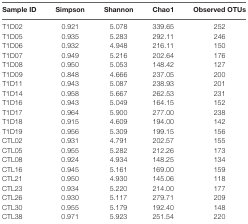
<table><thead><tr><td><b>Sample ID</b></td><td><b>Simpson</b></td><td><b>Shannon</b></td><td><b>Chao1</b></td><td><b>Observed OTUs</b></td></tr></thead><tbody><tr><td>T1D02</td><td>0.921</td><td>5.078</td><td>339.65</td><td>252</td></tr><tr><td>T1D05</td><td>0.935</td><td>5.283</td><td>292.11</td><td>246</td></tr><tr><td>T1D06</td><td>0.932</td><td>4.948</td><td>216.11</td><td>150</td></tr><tr><td>T1D07</td><td>0.949</td><td>5.216</td><td>202.64</td><td>176</td></tr><tr><td>T1D08</td><td>0.950</td><td>5.053</td><td>148.42</td><td>127</td></tr><tr><td>T1D09</td><td>0.848</td><td>4.666</td><td>237.05</td><td>200</td></tr><tr><td>T1D11</td><td>0.943</td><td>5.087</td><td>238.93</td><td>201</td></tr><tr><td>T1D14</td><td>0.958</td><td>5.667</td><td>262.53</td><td>231</td></tr><tr><td>T1D16</td><td>0.943</td><td>5.049</td><td>164.15</td><td>152</td></tr><tr><td>T1D17</td><td>0.964</td><td>5.900</td><td>277.00</td><td>238</td></tr><tr><td>T1D18</td><td>0.915</td><td>4.609</td><td>194.00</td><td>142</td></tr><tr><td>T1D19</td><td>0.956</td><td>5.309</td><td>199.15</td><td>156</td></tr><tr><td>CTL02</td><td>0.931</td><td>4.791</td><td>202.57</td><td>155</td></tr><tr><td>CTL05</td><td>0.955</td><td>5.282</td><td>212.26</td><td>173</td></tr><tr><td>CTL08</td><td>0.924</td><td>4.934</td><td>148.25</td><td>134</td></tr><tr><td>CTL16</td><td>0.945</td><td>5.161</td><td>169.00</td><td>159</td></tr><tr><td>CTL21</td><td>0.950</td><td>4.930</td><td>145.06</td><td>118</td></tr><tr><td>CTL23</td><td>0.934</td><td>5.220</td><td>214.00</td><td>177</td></tr><tr><td>CTL26</td><td>0.930</td><td>5.117</td><td>279.71</td><td>209</td></tr><tr><td>CTL30</td><td>0.955</td><td>5.179</td><td>192.40</td><td>148</td></tr><tr><td>CTL38</td><td>0.971</td><td>5.923</td><td>251.54</td><td>220</td></tr></tbody></table>